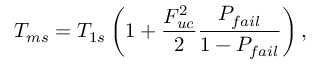
T _ { m s } = T _ { 1 s } \left( 1 + \frac { F _ { u c } ^ { 2 } } { 2 } \frac { P _ { f a i l } } { 1 - P _ { f a i l } } \right) ,